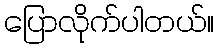
ပြောလိုက်ပါတယ်။